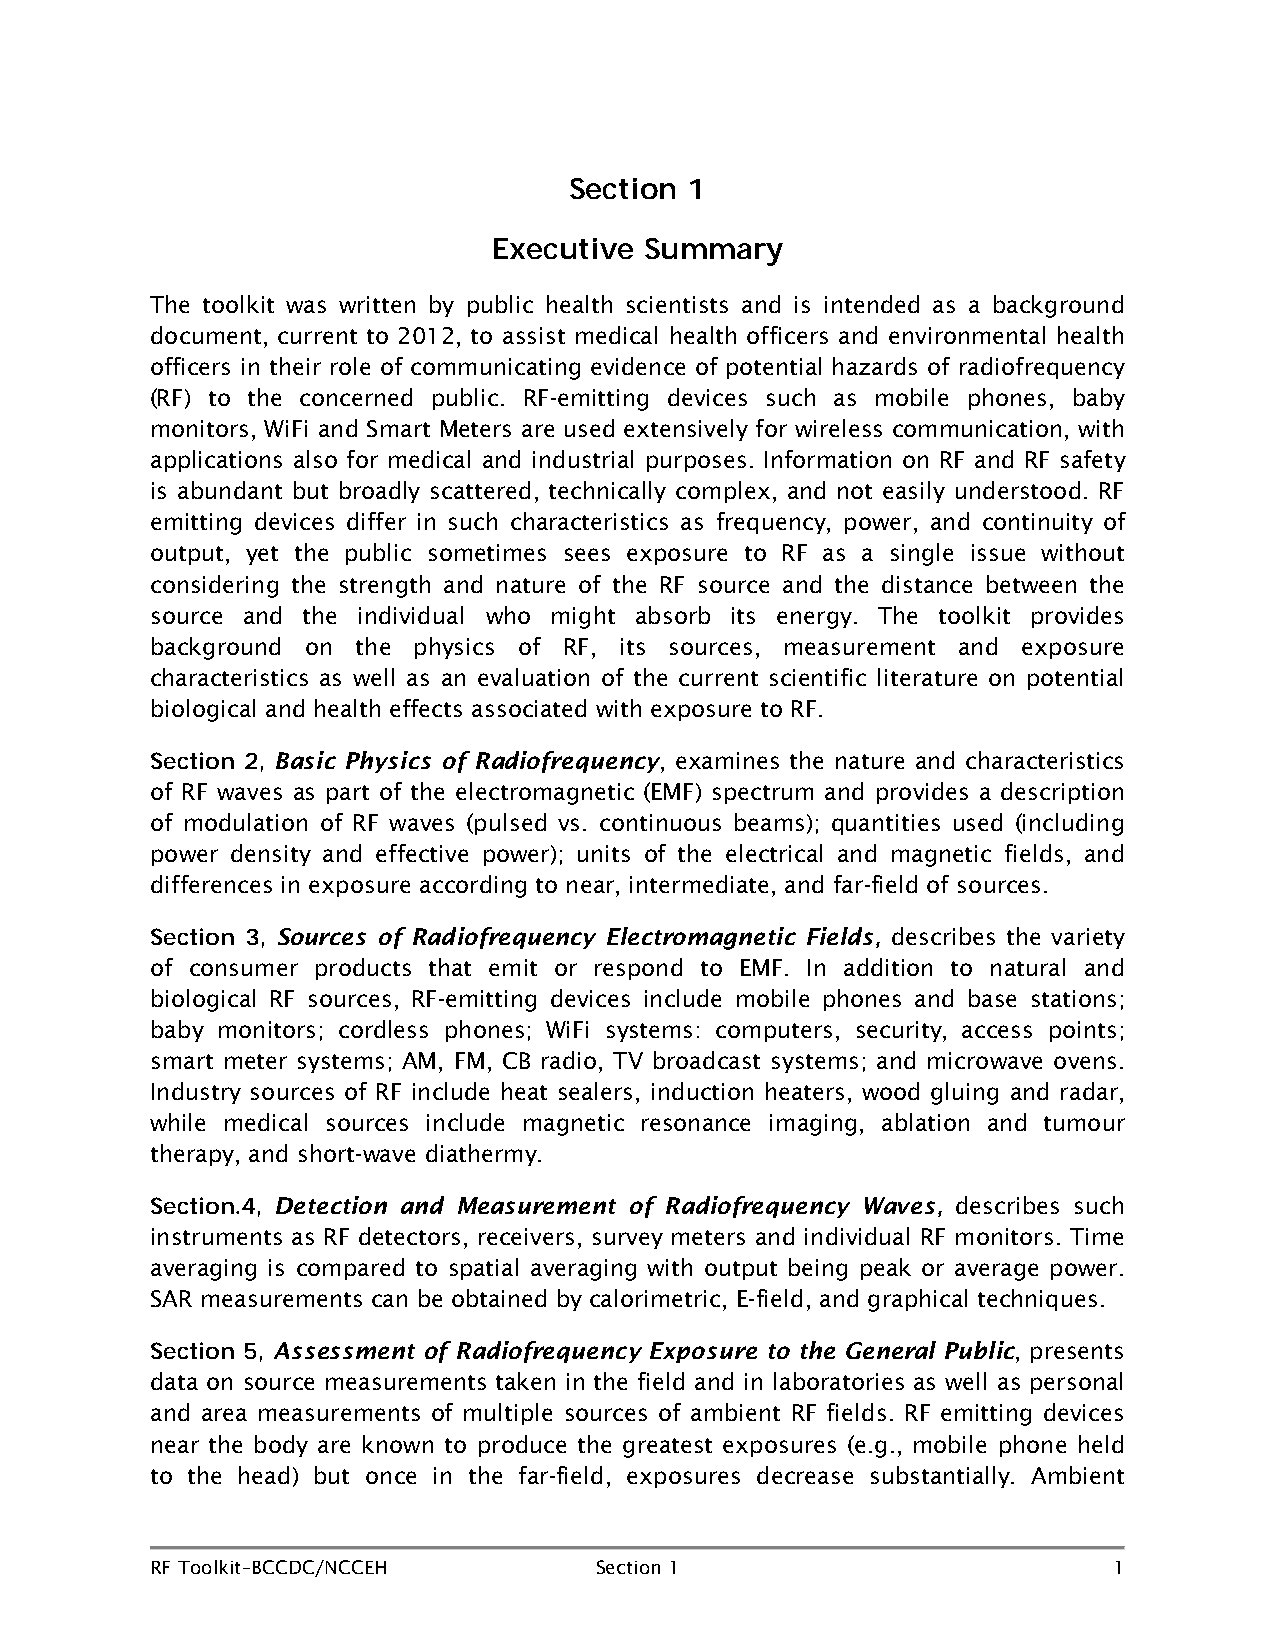
Section 1
 Executive Summary
 The toolkit was written by public health scientists and is intended as a background
 document, current to 2012, to assist medical health officers and environmental health
 officers in their role of communicating evidence of potential hazards of radiofrequency
 (RF) to the concerned public. RF-emitting devices such as mobile phones, baby
 monitors, WiFi and Smart Meters are used extensively for wireless communication, with
 applications also for medical and industrial purposes. Information on RF and RF safety
 is abundant but broadly scattered, technically complex, and not easily understood. RF
 emitting devices differ in such characteristics as frequency, power, and continuity of
 output, yet the public sometimes sees exposure to RF as a single issue without
 considering the strength and nature of the RF source and the distance between the
 source and the individual who might absorb its energy. The toolkit provides
 background on the physics of RF, its sources, measurement and exposure
 characteristics as well as an evaluation of the current scientific literature on potential
 biological and health effects associated with exposure to RF.
 Basic Physics of Radiofrequency, examines the nature and characteristics
 Section 2,
 of RF waves as part of the electromagnetic (EMF) spectrum and provides a description
 of modulation of RF waves (pulsed vs. continuous beams); quantities used (including
 power density and effective power); units of the electrical and magnetic fields, and
 differences in exposure according to near, intermediate, and far-field of sources.
 Sources of Radiofrequency Electromagnetic Fields, describes the variety
 Section 3,
 of consumer products that emit or respond to EMF. In addition to natural and
 biological RF sources, RF-emitting devices include mobile phones and base stations;
 baby monitors; cordless phones; WiFi systems: computers, security, access points;
 smart meter systems; AM, FM, CB radio, TV broadcast systems; and microwave ovens.
 Industry sources of RF include heat sealers, induction heaters, wood gluing and radar,
 while medical sources include magnetic resonance imaging, ablation and tumour
 therapy, and short-wave diathermy.
 Detection and Measurement of Radiofrequency Waves, describes such
 Section.4,
 instruments as RF detectors, receivers, survey meters and individual RF monitors. Time
 averaging is compared to spatial averaging with output being peak or average power.
 SAR measurements can be obtained by calorimetric, E-field, and graphical techniques.
 Assessment of Radiofrequency Exposure to the General Public, presents
 Section 5,
 data on source measurements taken in the field and in laboratories as well as personal
 and area measurements of multiple sources of ambient RF fields. RF emitting devices
 near the body are known to produce the greatest exposures (e.g., mobile phone held
 to the head) but once in the far-field, exposures decrease substantially. Ambient
 RF Toolkit–BCCDC/NCCEH       Section 1                          1